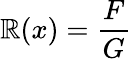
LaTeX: \mathbb{R}(x)={\frac{{F}}{{G}}}